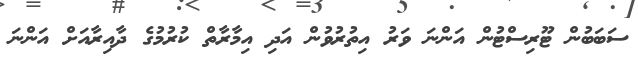
ސަބަބުން ޓޫރިސްޓުން އަންނަ ވަރު އިތުރުވުން އަދި އިމާރާތް ކުރުމުގެ ދާއިރާއަށް އަންނަ